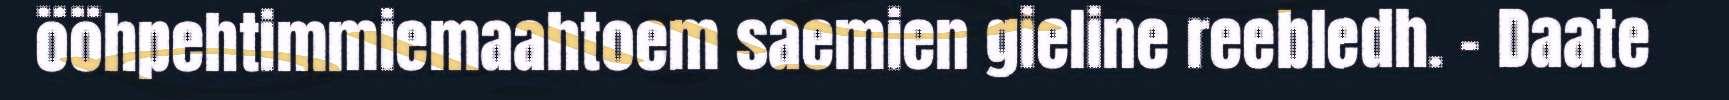
ööhpehtimmiemaahtoem saemien gieline reebledh. – Daate